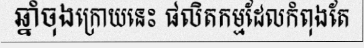
ឆ្នាំចុងក្រោយនេះ ផលិតកម្មដែលកំពុងតែ